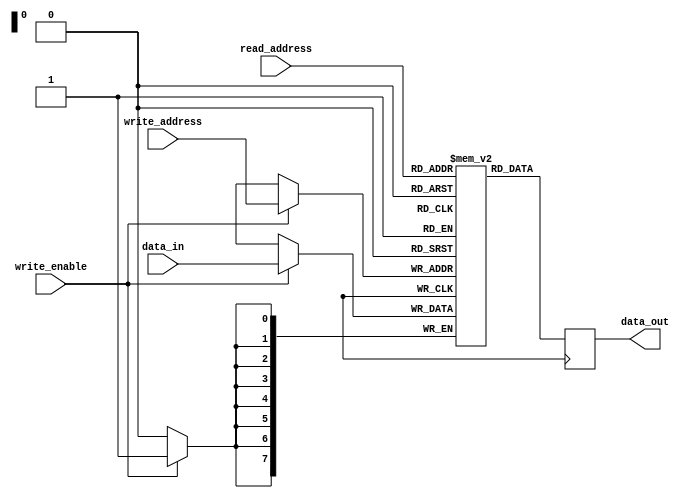
module memory_blocks (
  input  wire [7:0] write_address,
  input  wire [7:0] read_address,
  input  wire        write_enable,
  input  wire [7:0] data_in,
  output reg  [7:0] data_out
);

reg [7:0] memory [0:255];

always @(posedge clk) begin
  if (write_enable)
    memory[write_address] <= data_in;
  
  data_out <= memory[read_address];
end

endmodule